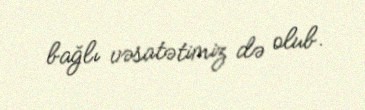
bağlı vəsatətimiz də olub.